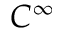
C ^ { \infty }